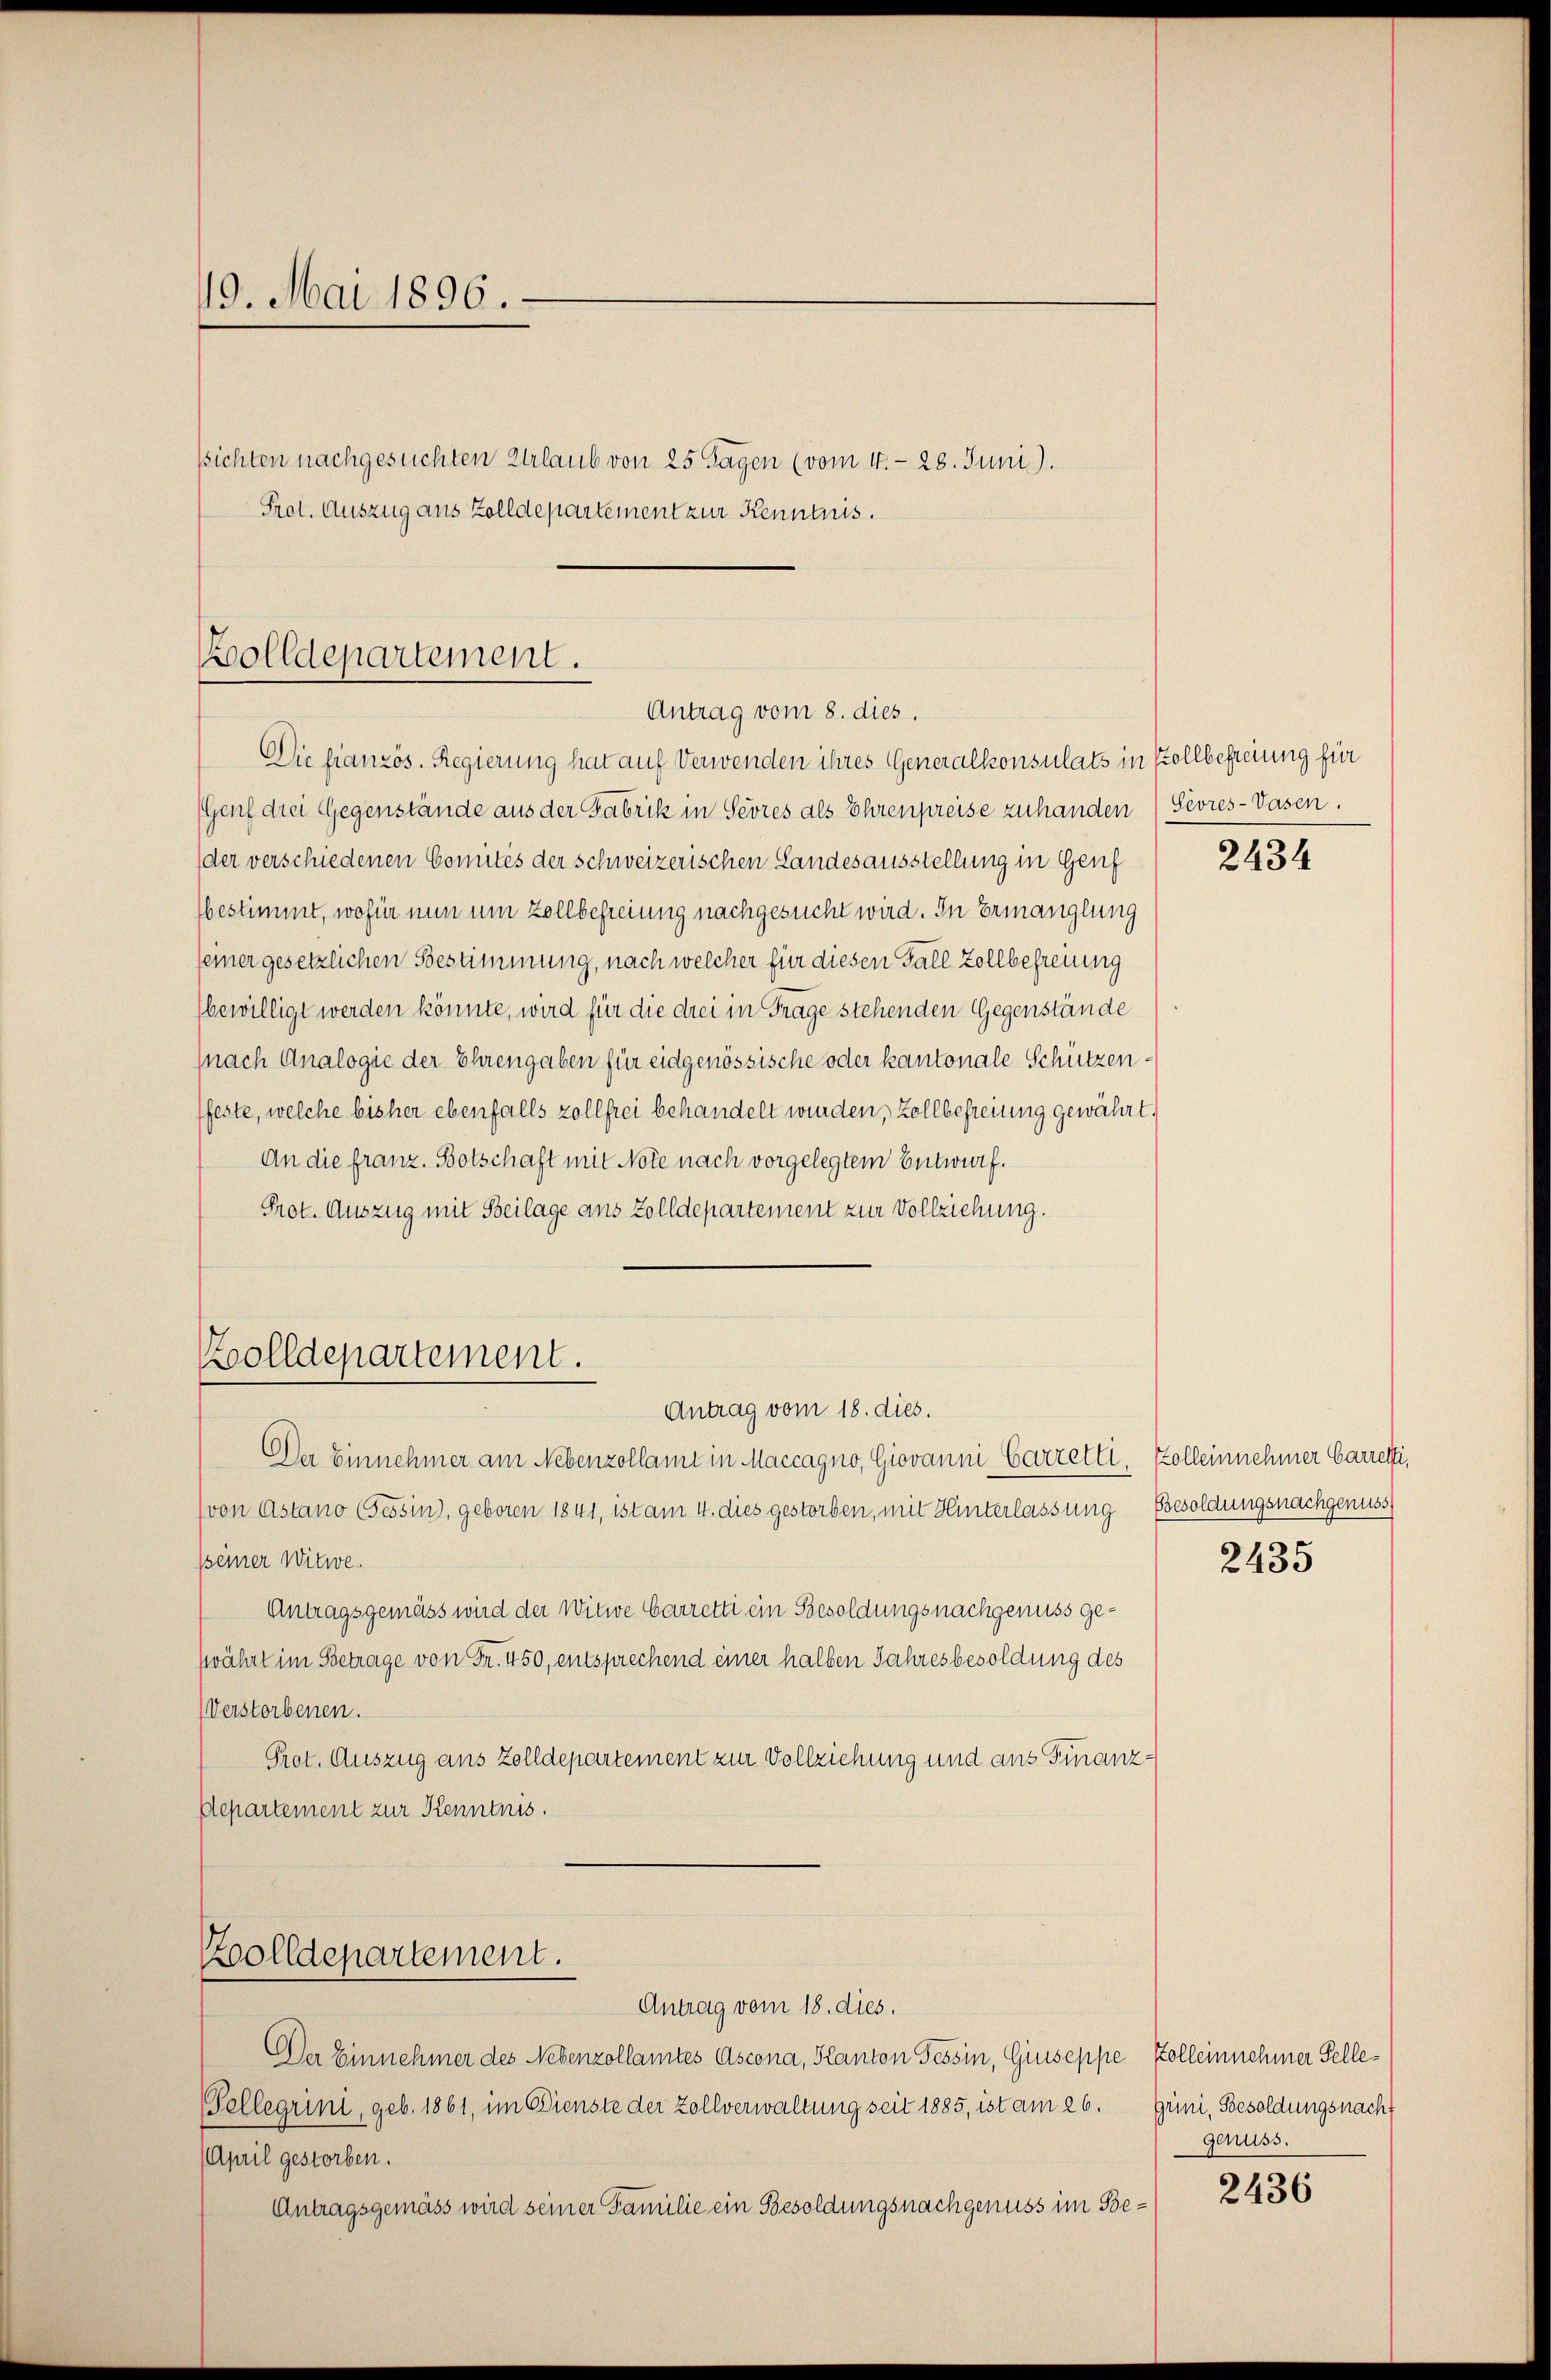
19. Mai 1896.

sichten nachgesuchten Urlaub von 25 Tagen (vom 4. 28. Juni).
Prot. Auszug aus Zolldepartement zur Kenntnis.

olldepartement.

Die französ. Regierung hat auf Verwenden ihres Generalkonsulats in Kollbefreiung für
(Genf drei Gegenstände aus der Fabrik in Seores als Ehrenpreise zuhanden (Sevres-Vasen.
der verschiedenen Comités der schweizerischen Landesausstellung in Genf
bestimmt, wofür nun um Zollbefreiung nachgesucht wird. In Ermanglung
seiner gesetzlichen Bestimmung, nach welcher für diesen Fall Zollbefreiung
bewilligt werden könnte, wird für die drei in Frage stehenden Gegenstände
nach Analogie der Ehrengaben für eidgenössische oder kantonale Schützenffeste, welche bisher ebenfalls zollfrei behandelt wurden, Zollbefreiung gewährt.
An die franz. Botschaft mit Note nach vorgelegtem Entwurf.
Prot. Auszug mit Beilage aus Zolldepartement zur Vollziehung.
Antrag vom 18. dies.
Der Einnehmer am Nebenzollamt in Maccagno, Giovanni Carretti, Zolleinnehmer Carretti,
(von Astano Gessin, geboren 1841, ist am 4. dies gestorben, mit Hinterlassung Besoldungsnachgenuss
sseiner Witwe.
Antragsgemäss wird der Witwe Carretti ein Besoldungsnachgenuss geprährt im Betrage von Fr. 450, entsprechend einer halben Jahresbesoldung des
Verstorbenen.
Prot. Auszug aus Zolldepartement zur Vollziehung und aus Finanz¬
Aepartement zur Kenntnis.
Zolldepartement.
Antrag vom 18. dies.
Der Einnehmer des Nebenzollamtes Ascona, Kanton Tessin, Giuseppe Zolleinnehmer Selle¬
Tellegrini, geb. 1861, im Dienste der Zollverwaltung seit 1885, ist am 26. Grini, Besoldungsnacht
April gestorben.
Antragsgemäss wird seiner Familie ein Besoldungsnachgenuss im Be¬

Zolldepartement.

Antrag vom 8. dies.

2434

2435

genuss.

2436